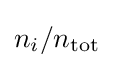
n_{i}/n_{\mathrm {tot} }